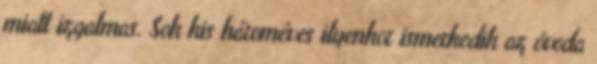
miatt izgalmas. Sok kis hároméves ilyenkor ismerkedik az óvoda